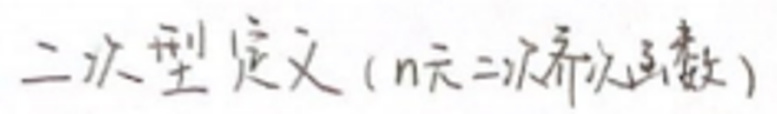
二次型定义（n元二次齐次函数）